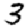
Digit: 3